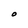
Character: O